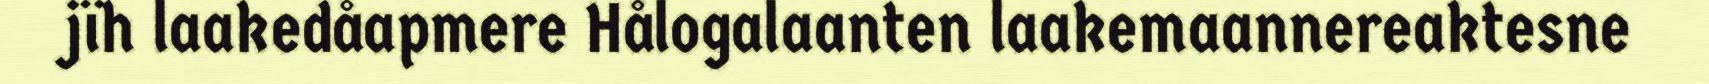
jïh laakedåapmere Hålogalaanten laakemaannereaktesne